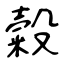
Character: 糓